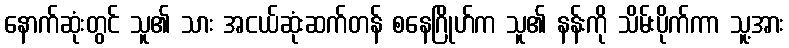
နောက်ဆုံးတွင် သူ၏ သား အငယ်ဆုံးဆက်တန် စနေဂြိုဟ်က သူ၏ နန်းကို သိမ်းပိုက်ကာ သူ့အား